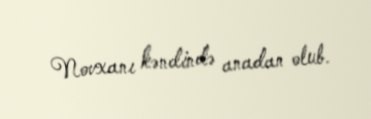
Novxanı kəndində anadan olub.